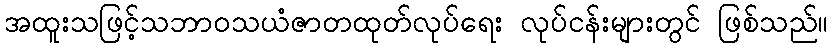
အထူးသဖြင့်သဘာဝသယံဇာတထုတ်လုပ်ရေး လုပ်ငန်းများတွင် ဖြစ်သည်။